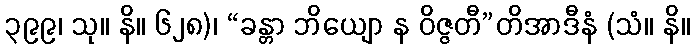
၃၉၉၊ သု။ နိ။ ၆၂၈)၊ “ခန္တာ ဘိယျော န ဝိဇ္ဇတီ”တိအာဒီနံ (သံ။ နိ။